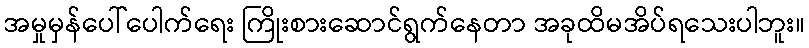
အမှုမှန်ပေါ်ပေါက်ရေး ကြိုးစားဆောင်ရွက်နေတာ အခုထိမအိပ်ရသေးပါဘူး။